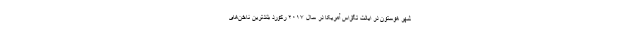
شهر هوستون در ایالت تگزاس آمریکا در سال ۲۰۱۷ رکورد بلندترین ناخن‌های